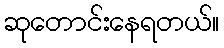
ဆုတောင်းနေရတယ်။